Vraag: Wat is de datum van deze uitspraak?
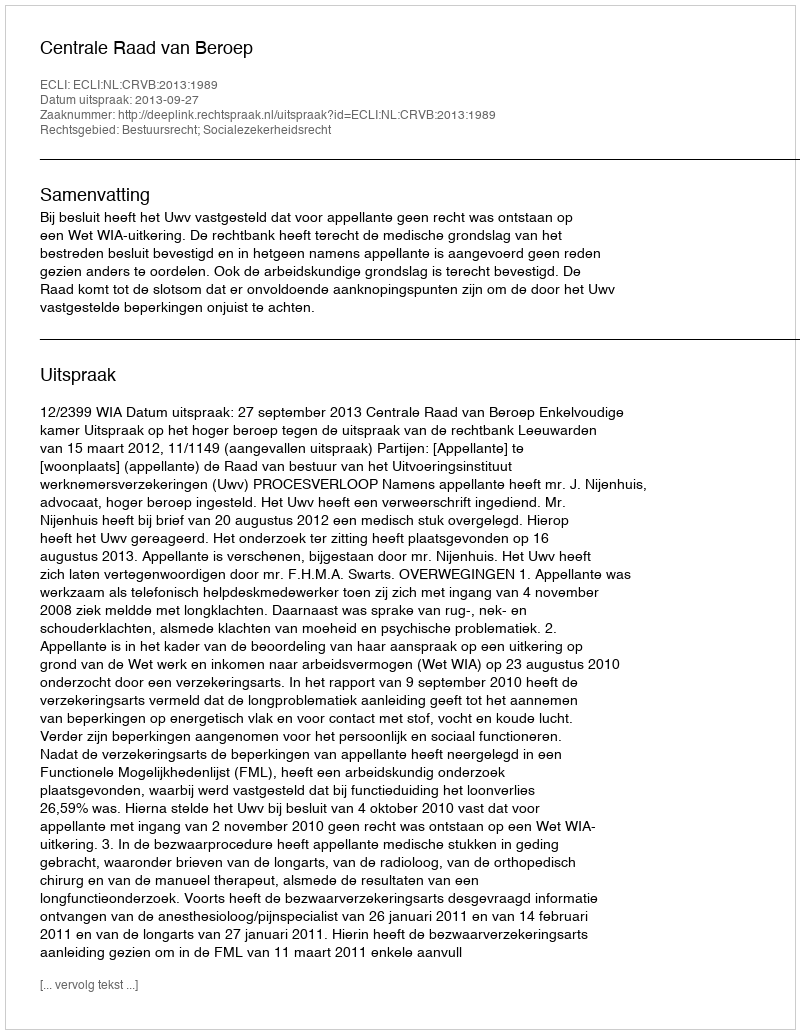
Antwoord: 2013-09-27